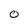
Character: 0